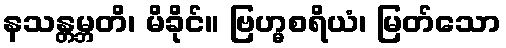
နသန္တမ္ဘတိ၊ မိခိုင်။ ဗြဟ္မစရိယံ၊ မြတ်သော